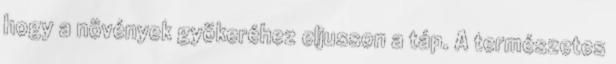
hogy a növények gyökeréhez eljusson a táp. A természetes